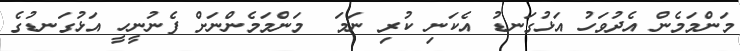
މަންމަމެން އެދުވަހު އަޅުގަނޑު އެކަނި ކުރި ނަމަ  މަންމަމެންނަށް ފެނުނީހީ އަޅުގަނޑުގެ